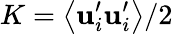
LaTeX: K=\big<\mathbf{u}_{i}^{\prime}\mathbf{u}_{i}^{\prime}\big>/2